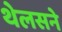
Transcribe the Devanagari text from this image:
थेलसने